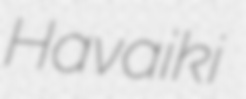
Havaiki